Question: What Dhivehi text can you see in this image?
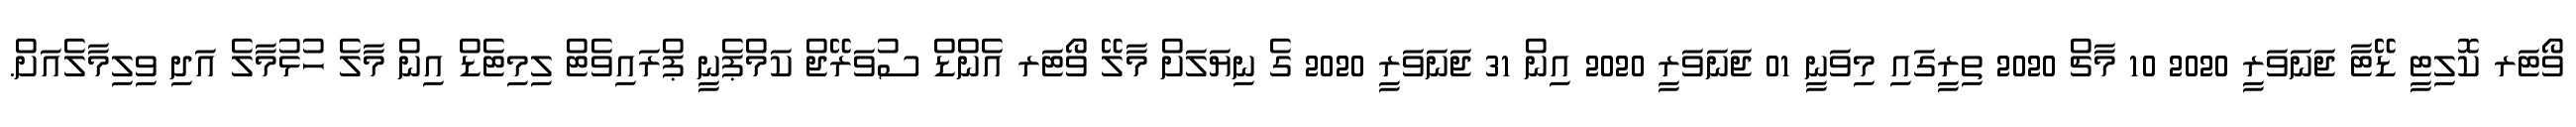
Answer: ވޯޓަރ ކޮލިޓީ ޑޭޓާ ޖަނަވަރީ 2020 10 މާޗް 2020 ތިރީގައި މިވަނީ 01 ޖަނަވަރީ 2020 އިން 31 ޖަނަވަރީ 2020 ގެ ނިޔަލަށް މާލޭ ވޯޓަރ އެންޑް ސުވަރޭޖް ކަމްޕެނީ ޕްރައިވެޓް ލިމިޓެޑް އިން މާލެ ހުޅުމާލެ އަދި ވިލިމާލެއަށް.